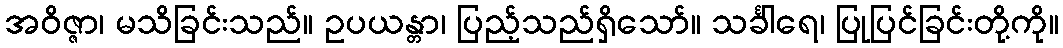
အဝိဇ္ဇာ၊ မသိခြင်းသည်။ ဥပယန္တာ၊ ပြည့်သည်ရှိသော်။ သင်္ခါရေ၊ ပြုပြင်ခြင်းတို့ကို။